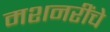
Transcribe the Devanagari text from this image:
मशनरींचे